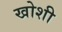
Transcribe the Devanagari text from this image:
खोशी